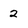
Character: 2